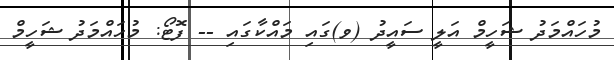
މުހައްމަދު ޝަހީމް އަލީ ސައީދު (ވ)ގައި މައްކާގައި -- ފޮޓޯ: މުހައްމަދު ޝަހީމް